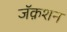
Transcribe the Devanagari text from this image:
जॅक़शन